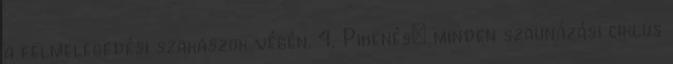
a felmelegedési szakaszok végén. 4. Pihenés: minden szaunázási ciklus